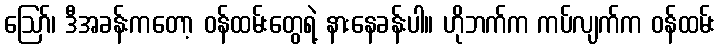
ဪ၊ ဒီအခန်းကတော့ ဝန်ထမ်းတွေရဲ့ နားနေခန်းပါ။ ဟိုဘက်က ကပ်လျက်က ဝန်ထမ်း